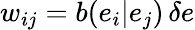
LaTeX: w_{ij}=b(e_{i}|e_{j})\, \delta e